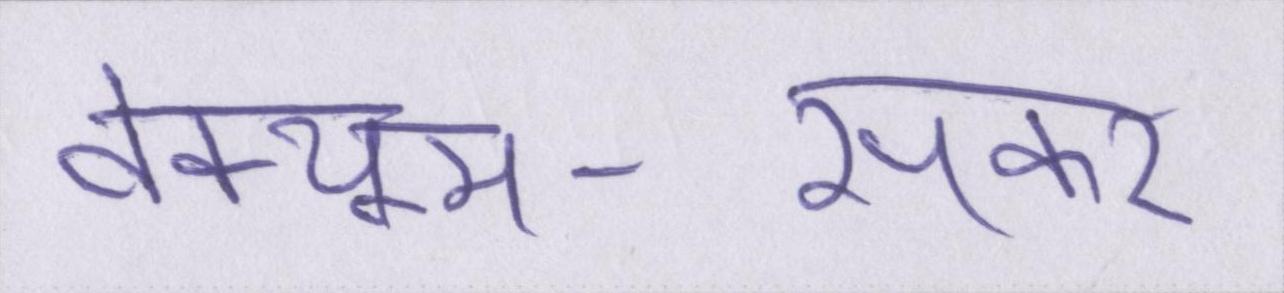
वेक्यूम-सकर